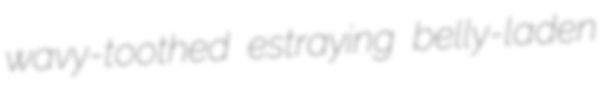
wavy-toothed estraying belly-laden